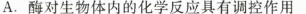
A.酶对生物体内的化学反应具有调控作用